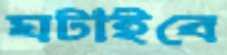
ঘটাইবে